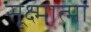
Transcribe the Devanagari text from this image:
सूक्ष्मात्मा